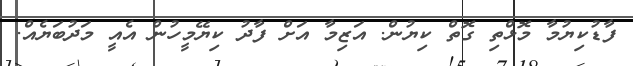
ފާޑުކިޔުމާ މޮޅްތި ގޮތް ކިޔުން. އަޒިމާ އަށް ފާދު ކިޔޭމީހުން އެއީ މަދުބަޔެއް.